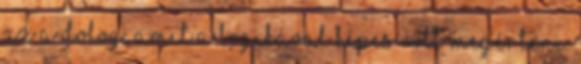
az a dolog, amit a logikával képes volt megérteni.